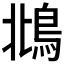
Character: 𩿻